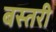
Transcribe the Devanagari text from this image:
बस्तरी